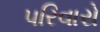
પરિવારો